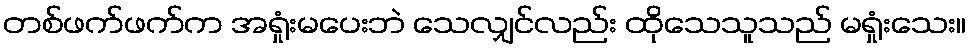
တစ်ဖက်ဖက်က အရှုံးမပေးဘဲ သေလျှင်လည်း ထိုသေသူသည် မရှုံးသေး။